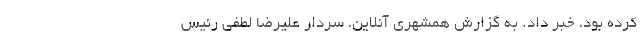
کرده بود، خبر داد. به گزارش همشهری آنلاین، سردار علیرضا لطفی رئیس